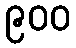
၉၀၀